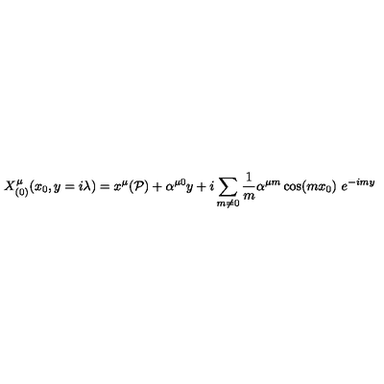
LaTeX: X _ { ( 0 ) } ^ { \mu } ( x _ { 0 } , y = i \lambda ) = x ^ { \mu } ( \mathcal { P } ) + \alpha ^ { \mu 0 } y + i \sum _ { m \neq 0 } \frac { 1 } { m } \alpha ^ { \mu m } \cos ( m x _ { 0 } ) \ e ^ { - i m y }